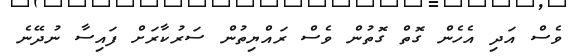
ވެސް އަދި އެހެން ގޮތް ގޮތުން ވެސް ރައްޔިތުން ސަރުކާރަށް ފައިސާ ނުދޭނެ